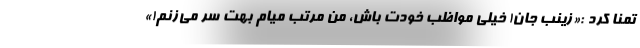
تمنا کرد :«زینب جان! خیلی مواظب خودت باش، من مرتب میام بهت سر می‌زنم!»